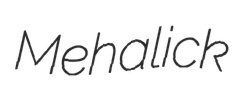
Mehalick